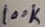
Text: 100K